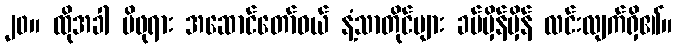
၂၀။ ထိုအခါ မိဖုရား အဆောင်တော်ဝယ် နံ့သာတိုင်များ ခပ်မှိန်မှိန် လင်းလျက်ရှိ၏။